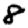
Digit: 8